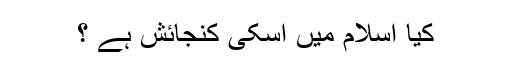
کیا اسلام میں اسکی کنجائش ہے ؟